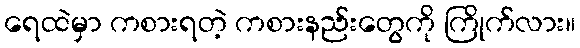
ရေထဲမှာ ကစားရတဲ့ ကစားနည်းတွေကို ကြိုက်လား။